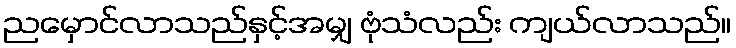
ညမှောင်လာသည်နှင့်အမျှ ဗုံသံလည်း ကျယ်လာသည်။